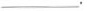
___.